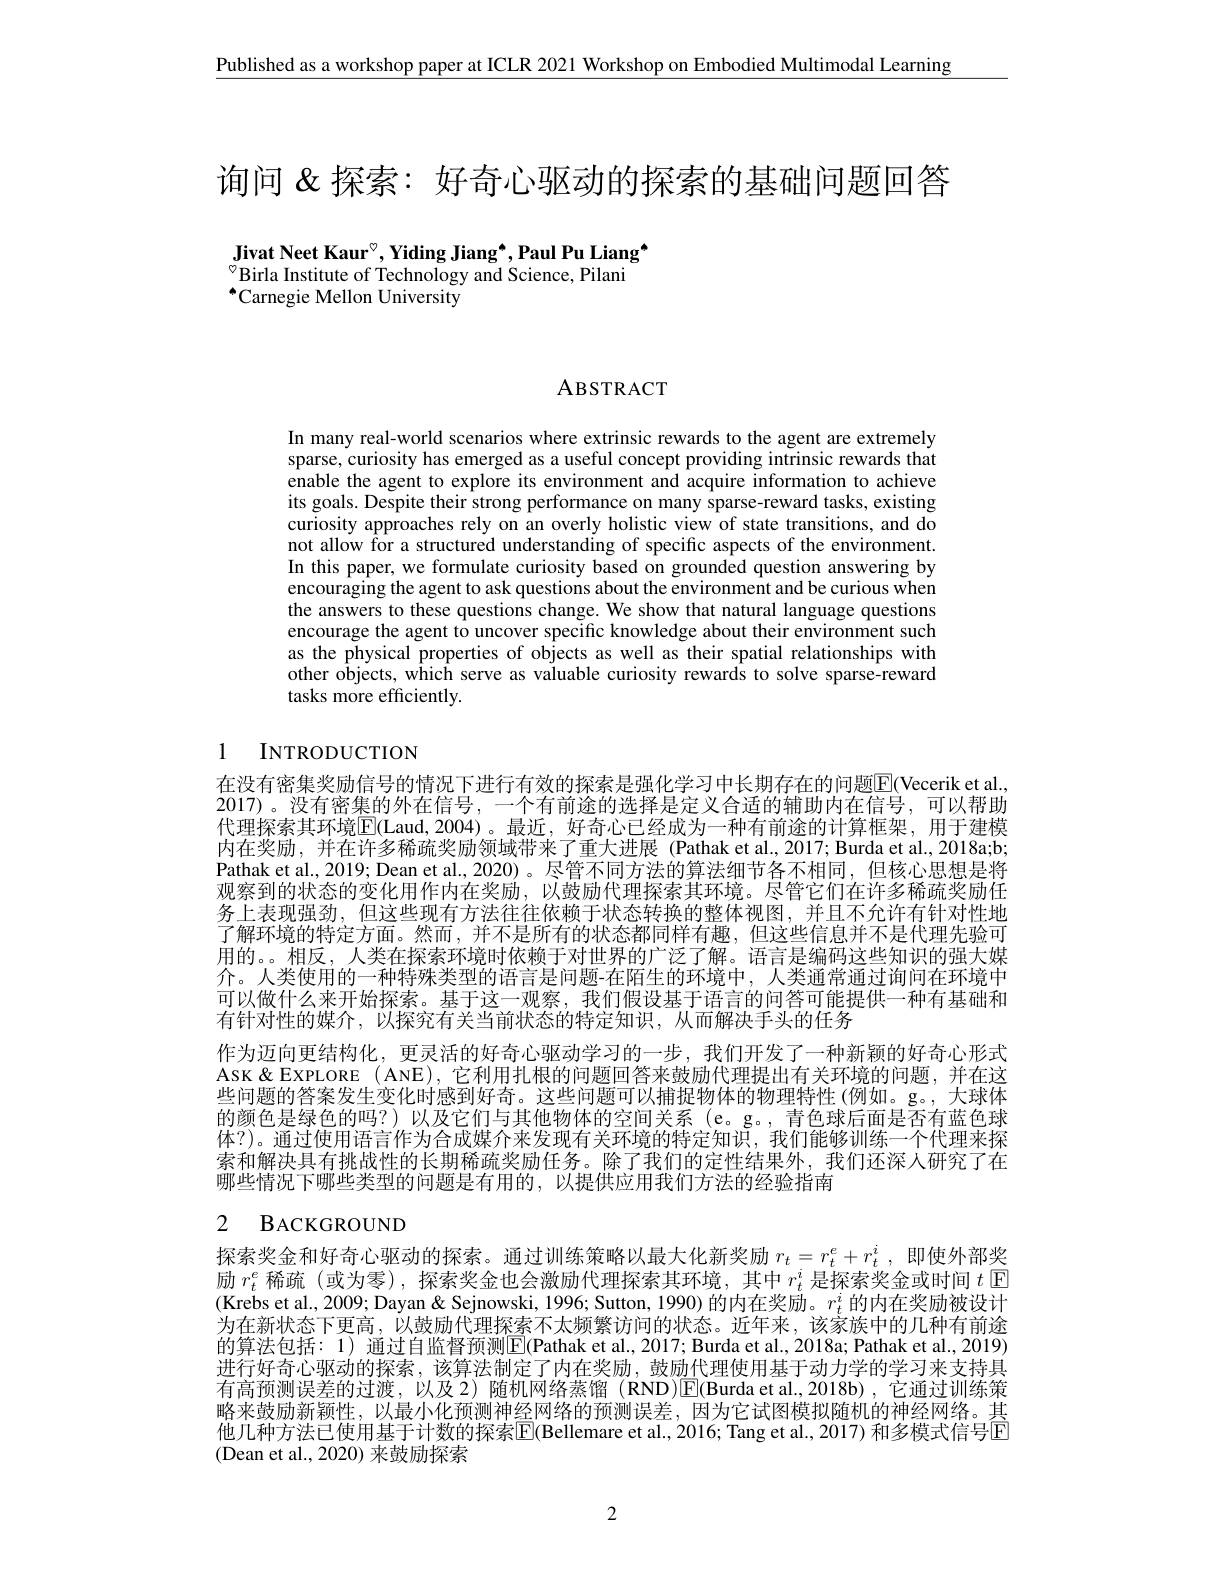
Published as a workshop paper at ICLR 2021 Workshop on Embodied Multimodal Learning

询问 &探索：好奇心驱动的探索的基础问题回答

Jivat Neet Kaur$^\circ$,Yiding Jiang$^*$,Paul Pu Liang$^{*}$
$^{\circ}$Birla Institute of Technology and Science, Pilani
$^{*}$Carnegie Mellon University

ABSTRACT

In many real-world scenarios where extrinsic rewards to the agent are extremely sparse, curiosity has emerged as a useful concept providing intrinsic rewards that enable the agent to explore its environment and acquire information to achieve its goals. Despite their strong performance on many sparse-reward tasks, existing curiosity approaches rely on an overly holistic view of state transitions, and do not allow for a structured understanding of specific aspects of the environment. In this paper, we formulate curiosity based on grounded question answering by encouraging the agent to ask questions about the environment and be curious when the answers to these questions change. We show that natural language questions encourage the agent to uncover specific knowledge about their environment such as the physical properties of objects as well as their spatial relationships with other objects, which serve as valuable curiosity rewards to solve sparse-reward tasks more efficiently.

# 1 INTRODUCTION

在没有密集奖励信号的情况下进行有效的探索是强化学习中长期存在的问题$\overline{\mathrm{E}}($Vecerik et al. 2017)。没有密集的外在信号，一个有前途的选择是定义合适的辅助内在信号，可以帮助代理探索其环境$\overline{\mathrm{E}}$(Laud,2004)。最近，好奇心已经成为一种有前途的计算框架，用于建模内在奖励，并在许多稀疏奖励领域带来了重大进展(Pathak et al.,2017; Burda et al.,2018a;b; Pathak et al., 2019; Dean et al., 2020)。尽管不同方法的算法细节各不相同，但核心思想是将观察到的状态的变化用作内在奖励，以鼓励代理探索其环境。尽管它们在许多稀疏奖励任务上表现强劲，但这些现有方法往往依赖于状态转换的整体视图，并且不允许有针对性地了解环境的特定方面。然而，并不是所有的状态都同样有趣，但这些信息并不是代理先验可用的。。相反，人类在探索环境时依赖于对世界的广泛了解。语言是编码这些知识的强大媒介。人类使用的一种特殊类型的语言是问题-在陌生的环境中，人类通常通过询问在环境中可以做什么来开始探索。基于这一观察，我们假设基于语言的问答可能提供一种有基础和有针对性的媒介，以探究有关当前状态的特定知识，从而解决手头的任务
作为迈向更结构化，更灵活的好奇心驱动学习的一步，我们开发了一种新颖的好奇心形式AsK&EXPLORE (ANE),它利用扎根的问题回答来鼓励代理提出有关环境的问题，并在这些问题的答案发生变化时感到好奇。这些问题可以捕捉物体的物理特性(例如。g。, 大球体的颜色是绿色的吗？)以及它们与其他物体的空间关系(e。g。,青色球后面是否有蓝色球体？)。通过使用语言作为合成媒介来发现有关环境的特定知识，我们能够训练一个代理来探索和解决具有挑战性的长期稀疏奖励任务。除了我们的定性结果外，我们还深人研究了在哪些情况下哪些类型的问题是有用的，以提供应用我们方法的经验指南

# 2 BACKGROUND

探索奖金和好奇心驱动的探索。通过训练策略以最大化新奖励$r_t=r_t^e+r_t^i$,即使外部奖励$r_t^e$稀疏 (或为零),探索奖金也会激励代理探索其环境，其中$r_t^i$是探索奖金或时间$t$ ▣ (Krebs et al., 2009; Dayan & Sejnowski, 1996; Sutton, 1990) 的内在奖励。$r_t^i$的内在奖励被设计为在新状态下更高，以鼓励代理探索不太频繁访问的状态。近年来，该家族中的几种有前途的算法包括：1) 通过自监督预测$\overline{\mathrm{E}}($Pathak et al., 2017; Burda et al., 2018a; Pathak et al., 2019) 进行好奇心驱动的探索，该算法制定了内在奖励，鼓励代理使用基于动力学的学习来支持具有高预测误差的过渡，以及2)随机网络蒸馏(RND)E(Burda et al.,2018b),它通过训练策略来鼓励新颖性，以最小化预测神经网络的预测误差，因为它试图模拟随机的神经网络。其他几种方法已使用基于计数的探索$\color{red}{\mathrm{E}}($Bellemare et al., 2016; Tang et al., 2017) 和多模式信号$\color{red}{\mathrm{E}}$ (Dean et al.,2020)来鼓励探索

2